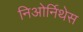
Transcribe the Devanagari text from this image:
निओर्निथेस